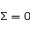
\Sigma = 0